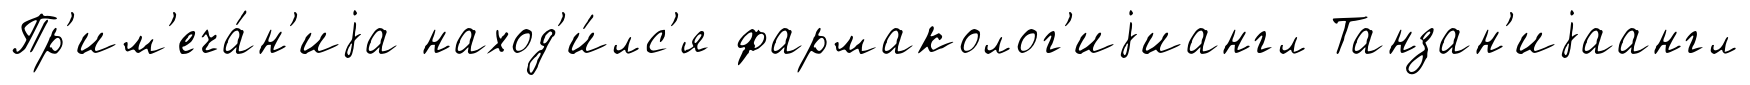
Пр'им'еча́н'иjа наход'и́лс'я фармаколог'иjиангл Танзан'иjаангл